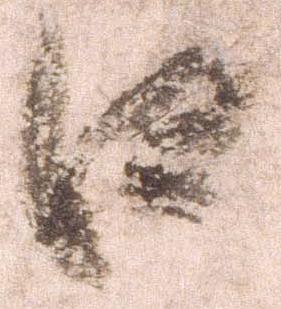
口